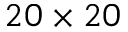
2 0 \times 2 0